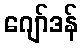
ဂျော်ဒန်